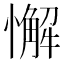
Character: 懈